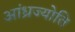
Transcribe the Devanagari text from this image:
आंध्रज्योति